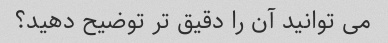
می توانید آن را دقیق تر توضیح دهید؟